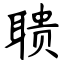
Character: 聩